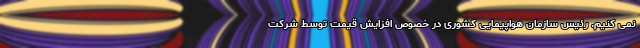
نمی کنیم. رئیس سازمان هواپیمایی کشوری در خصوص افزایش قیمت توسط شرکت